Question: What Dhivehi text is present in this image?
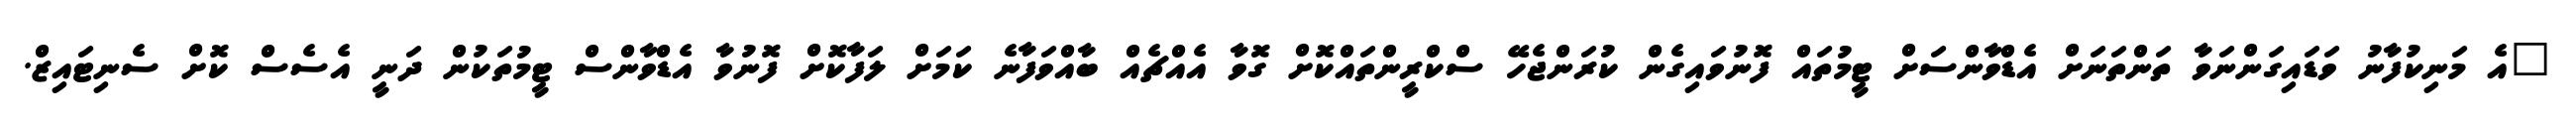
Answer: "އެ މަނިކުފާނު ވަޑައިގަންނަވާ ތަންތަނަށް އެޑްވާންސަށް ޓީމުތައް ފޮނުވައިގެން ކުރަންޖެހޭ ސްކްރީންތައްކޮށް ގޮވާ އެއްޗެއް ބާއްވަފާނެ ކަމަށް ލަފާކޮށް ފޮނުވާ އެޑްވާންސް ޓީމުތަކުން ދަނީ އެސެސް ކޮށް ސެނިޓައިޒް.